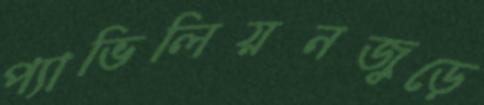
প্যাভিলিয়নজুড়ে